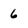
Character: 6